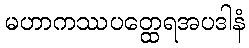
မဟာကဿပတ္ထေရအပဒါနံ